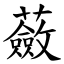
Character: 蘞